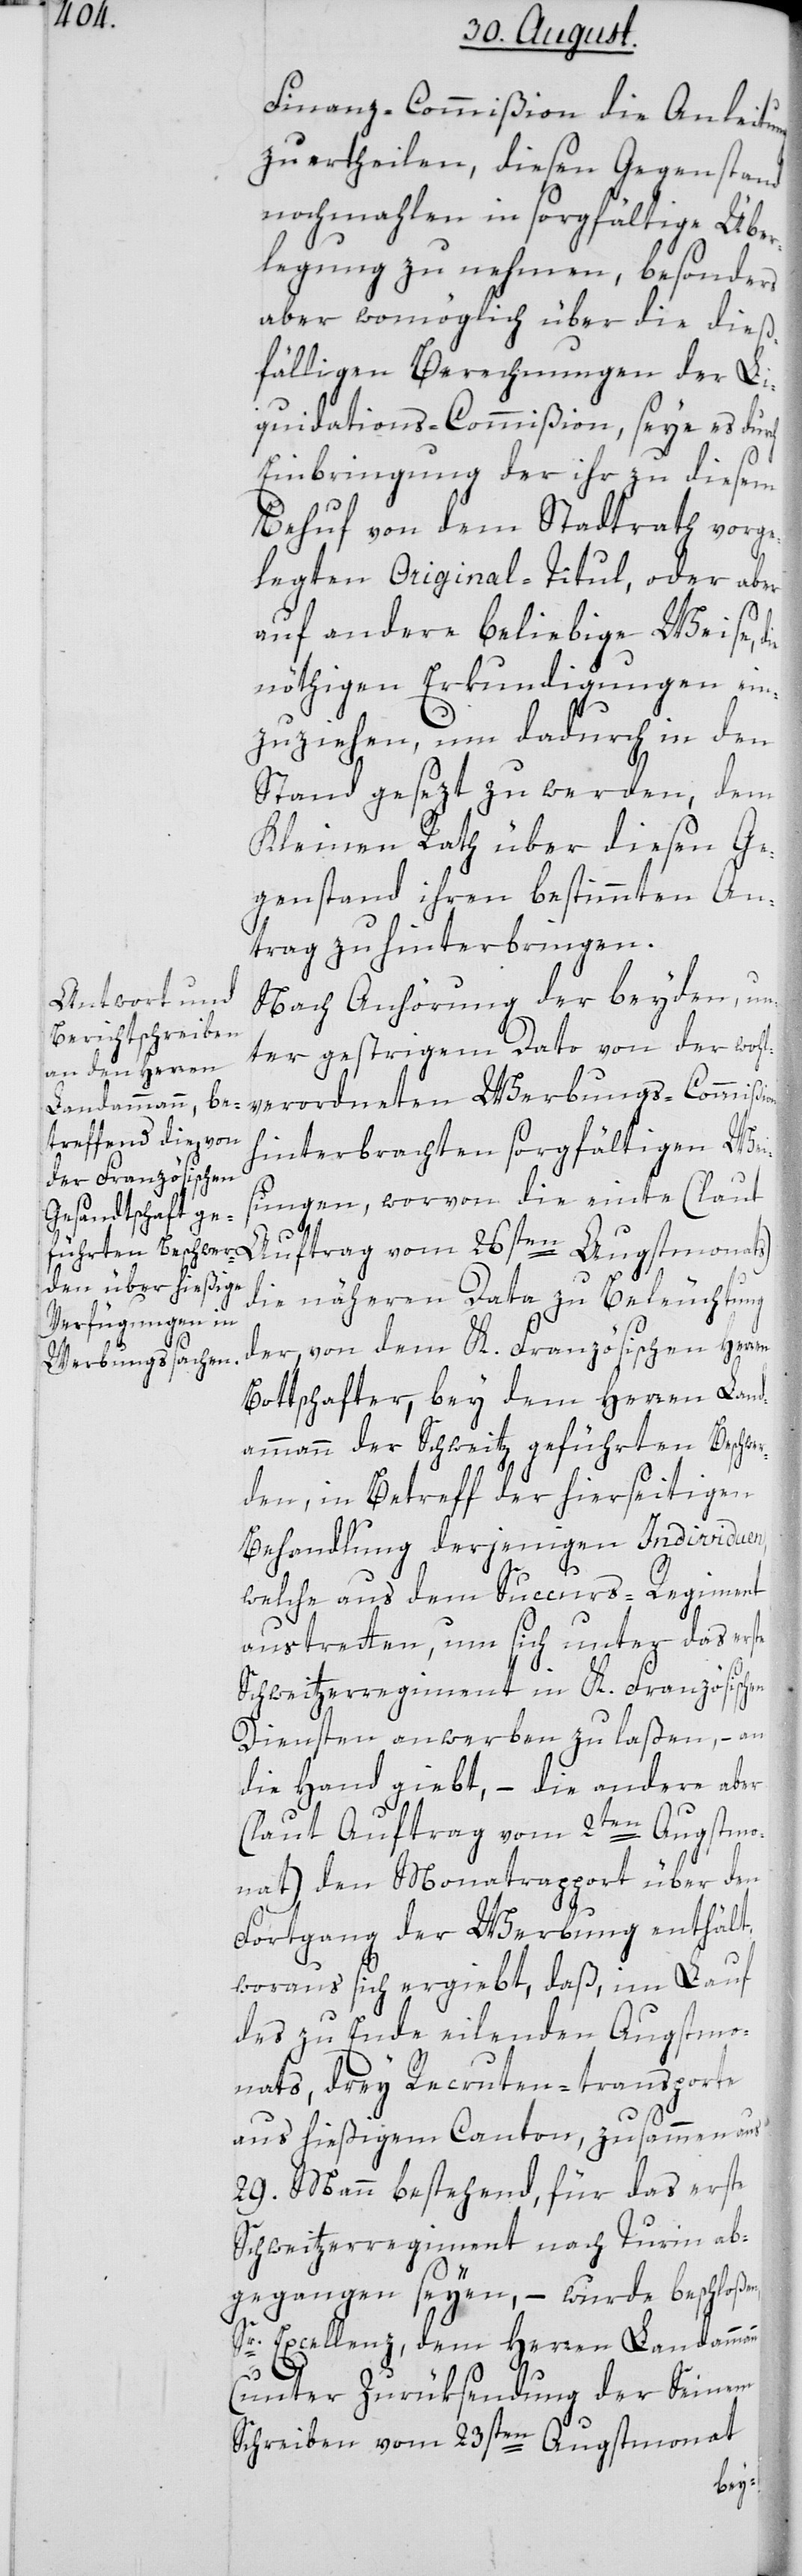
Finanz-Commißion die Anleit¬
zu ertheilen, diesen Gegenstand
nochmahlen in sorgfältige Über¬
legung zu nehmen, besonders
aber womöglich über die dieß¬
fälligen Berechnungen der Li¬
quidations-Commißion, seye es durch
Einbringung der ihr zu diesem
Behuf von dem Stadtrath vorge¬
legten Original-Titul, oder aber
auf andere beliebige Weise,
nöthigen Erkundigungen ein¬
zuziehen, um dadurch in den
Stand gesezt zu werden, dem
Kleinen Rath über diesen Ge¬
genstand ihren bestimmten An¬
trag zu hinterbringen.
Nach Anhörung der beyden, un¬
ter gestrigem Dato von der wohl¬
verordneten Werbungs-Commißion
hinterbrachten sorgfältigen Wei¬
sungen, worvon die einte (laut
en
Auftrag vom 26sten Augstmonats)
die nähern Data zu Beleuchtung
der, von dem K. Französischen Herr¬
Bottschafter, bey dem Herren Land¬
ammann der Schweitz geführten Beschwe¬
rden, in Betreff der hierseitigen
Behandlung derjenigen Individuen,
welche aus dem Succurs-Regiment
austretten, um sich unter das erste
Schweitzerregiment in K. Französischen
Diensten anwerben zu laßen, – an
die Hand giebt, – die andere aber
(laut Auftrag vom 2ten Augstmo¬
nat) den Monatrapport über den
Fortgang der Werbung enthält,
woraus sich ergiebt, daß, im Lauf
des zu Ende eilenden Augstmo¬
nats, drey Recruten-transporte
aus hießigem Canton, zusammen aus
29. Mann bestehend, für das erste
Schweitzerregiment nach Turin ab¬
gegangen seyen, – wurde beschloßen,
Sr. Excellenz, dem Herren Landamma¬
nn
(unter Zurüksendung der Seinem
Schreiben vom 23sten Augstmonat